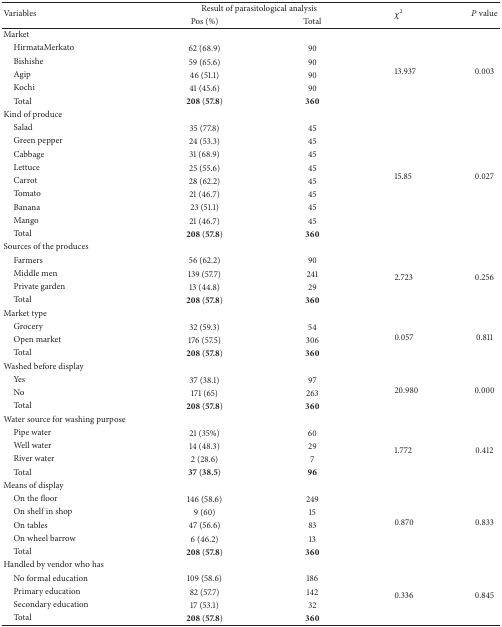
<table><thead><tr><td rowspan="2"><b>Variables</b></td><td colspan="2"><b>Result of parasitological analysis </b></td><td rowspan="2"><b><i>χ</i><sup>2</sup></b></td><td rowspan="2"><b><i>P</i> value</b></td></tr><tr><td><b>Pos (%)</b></td><td><b>Total </b></td></tr></thead><tbody><tr><td>Market</td><td> </td><td> </td><td> </td><td> </td></tr><tr><td> HirmataMerkato</td><td>62 (68.9)</td><td>90 </td><td rowspan="5">13.937</td><td rowspan="5">0.003</td></tr><tr><td> Bishishe</td><td>59 (65.6)</td><td>90 </td></tr><tr><td> Agip</td><td>46 (51.1)</td><td>90</td></tr><tr><td> Kochi</td><td>41 (45.6)</td><td>90</td></tr><tr><td> Total </td><td><b>208</b> (<b>57.8</b>)</td><td><b>360</b></td></tr><tr><td>Kind of produce</td><td> </td><td> </td><td> </td><td> </td></tr><tr><td> Salad </td><td>35 (77.8)</td><td>45 </td><td rowspan="9">15.85</td><td rowspan="9">0.027</td></tr><tr><td> Green pepper</td><td>24 (53.3)</td><td>45 </td></tr><tr><td> Cabbage</td><td>31 (68.9)</td><td>45</td></tr><tr><td> Lettuce</td><td>25 (55.6)</td><td>45</td></tr><tr><td> Carrot</td><td>28 (62.2)</td><td>45</td></tr><tr><td> Tomato</td><td>21 (46.7)</td><td>45</td></tr><tr><td> Banana</td><td>23 (51.1)</td><td>45 </td></tr><tr><td> Mango</td><td>21 (46.7)</td><td>45</td></tr><tr><td> Total </td><td><b>208</b> (<b>57.8</b>)</td><td><b>360</b></td></tr><tr><td>Sources of the produces</td><td> </td><td> </td><td> </td><td> </td></tr><tr><td> Farmers </td><td>56 (62.2)</td><td>90</td><td rowspan="4">2.723</td><td rowspan="4">0.256</td></tr><tr><td> Middle men</td><td>139 (57.7)</td><td>241</td></tr><tr><td> Private garden</td><td>13 (44.8)</td><td>29</td></tr><tr><td> Total </td><td><b>208</b> (<b>57.8</b>)</td><td><b>360</b></td></tr><tr><td>Market type</td><td> </td><td> </td><td> </td><td> </td></tr><tr><td> Grocery</td><td>32 (59.3)</td><td>54</td><td rowspan="3">0.057</td><td rowspan="3">0.811</td></tr><tr><td> Open market</td><td>176 (57.5)</td><td>306</td></tr><tr><td> Total </td><td><b>208</b> (<b>57.8</b>)</td><td><b>360</b></td></tr><tr><td>Washed before display</td><td> </td><td> </td><td> </td><td> </td></tr><tr><td> Yes </td><td>37 (38.1)</td><td>97</td><td rowspan="3">20.980</td><td rowspan="3">0.000</td></tr><tr><td> No </td><td>171 (65)</td><td>263</td></tr><tr><td> Total </td><td><b>208</b> (<b>57.8</b>)</td><td><b>360</b></td></tr><tr><td>Water source for washing purpose</td><td> </td><td> </td><td> </td><td> </td></tr><tr><td> Pipe water</td><td>21 (35%)</td><td>60</td><td rowspan="4">1.772</td><td rowspan="4">0.412</td></tr><tr><td> Well water</td><td>14 (48.3)</td><td>29</td></tr><tr><td> River water</td><td>2 (28.6)</td><td>7</td></tr><tr><td> Total </td><td><b>37</b> (<b>38.5</b>)</td><td><b>96</b></td></tr><tr><td>Means of display</td><td> </td><td> </td><td> </td><td> </td></tr><tr><td> On the floor </td><td>146 (58.6)</td><td>249</td><td rowspan="5">0.870</td><td rowspan="5">0.833</td></tr><tr><td> On shelf in shop</td><td>9 (60)</td><td>15</td></tr><tr><td> On tables </td><td>47 (56.6)</td><td>83</td></tr><tr><td> On wheel barrow</td><td>6 (46.2)</td><td>13</td></tr><tr><td> Total </td><td><b>208</b> (<b>57.8</b>)</td><td><b>360</b></td></tr><tr><td>Handled by vendor who has</td><td> </td><td> </td><td> </td><td> </td></tr><tr><td> No formal education</td><td>109 (58.6)</td><td>186</td><td rowspan="4">0.336</td><td rowspan="4">0.845</td></tr><tr><td> Primary education</td><td>82 (57.7)</td><td>142</td></tr><tr><td> Secondary education</td><td>17 (53.1)</td><td>32</td></tr><tr><td> Total </td><td><b>208</b> (<b>57.8</b>)</td><td><b>360</b></td></tr></tbody></table>